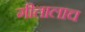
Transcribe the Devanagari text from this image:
गीतालाच